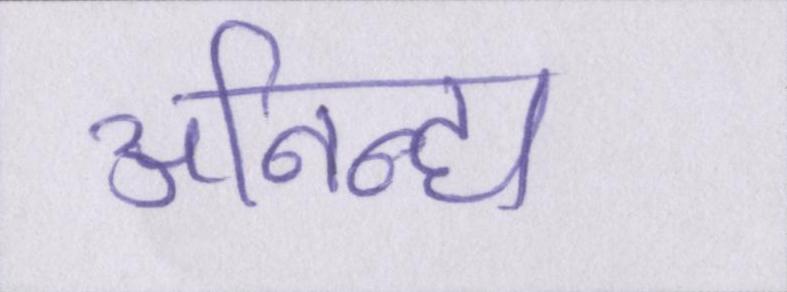
अनिन्द्य